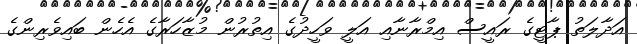
އަދާލަތު ޕާޓީގެ ރައީސް އިމްރާނާއި އަލީ ވަހީދުގެ އިތުރުން މުޒާހަރާގެ އެހެން ބައިވެރިންގެ